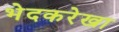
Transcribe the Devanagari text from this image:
भेदकरेखा